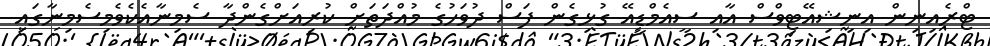
ޓްރެއިނިން އިނިޝިއޭޓިވްސް އާއި ސީއެމްޑީއޭ ގުޅިގެން ފަސް ދުވަހުގެ މުއްދަތަށް ކުރިއަށްގެންދާ ސެމިނާއެކެވެމިސެމިނާގައި